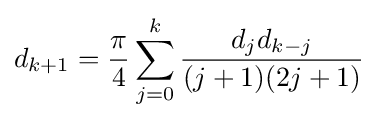
d_{k+1}={\frac {\pi }{4}}\sum _{j=0}^{k}{\frac {d_{j}d_{k-j}}{(j+1)(2j+1)}}